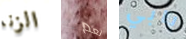
الزنا نعم بابي